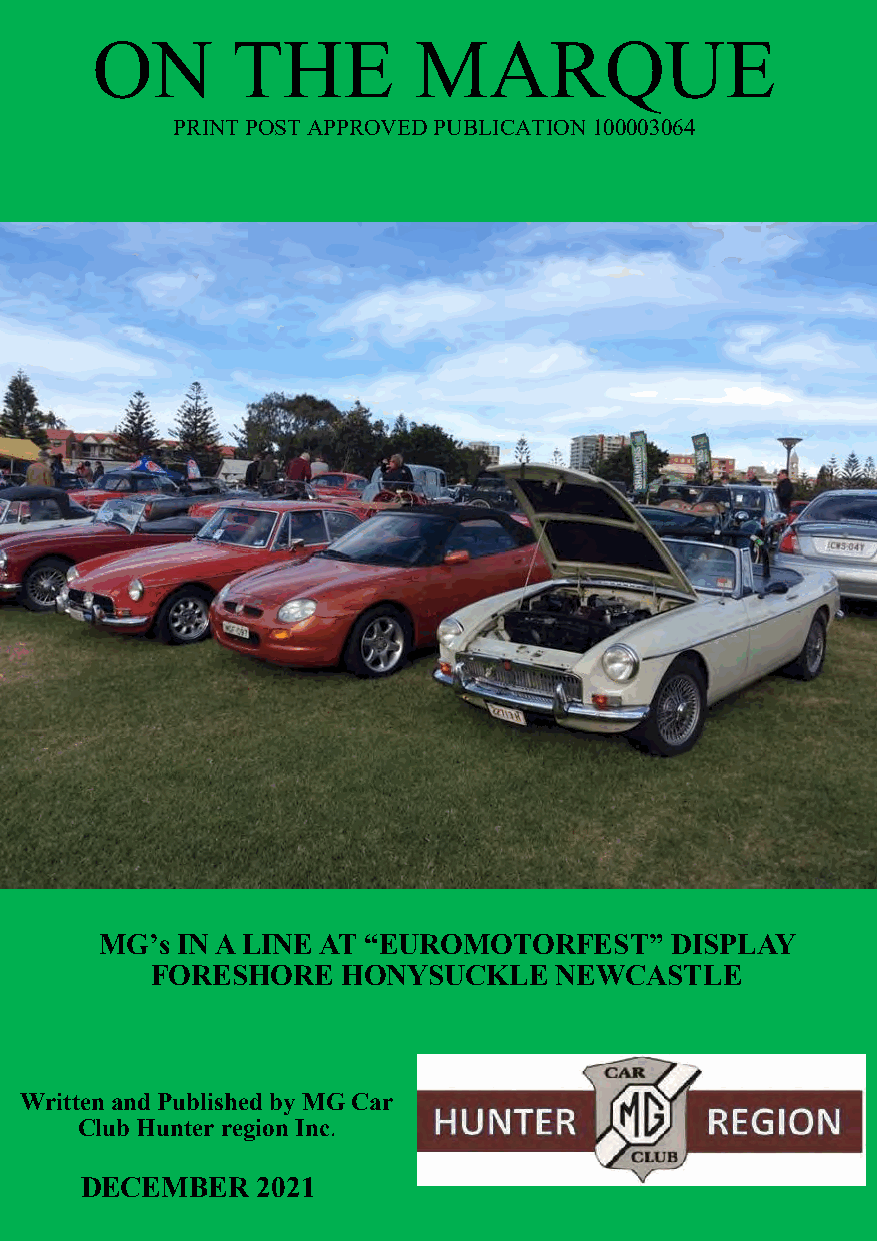
ON       THE         MARQUE
 PRINT POST APPROVED PUBLICATION 100003064
 MG’s IN A LINE AT “EUROMOTORFEST”    DISPLAY
 FORESHORE    HONYSUCKLE    NEWCASTLE
 Written and Published by MG Car
 Club Hunter region Inc.
 DECEMBER    2021